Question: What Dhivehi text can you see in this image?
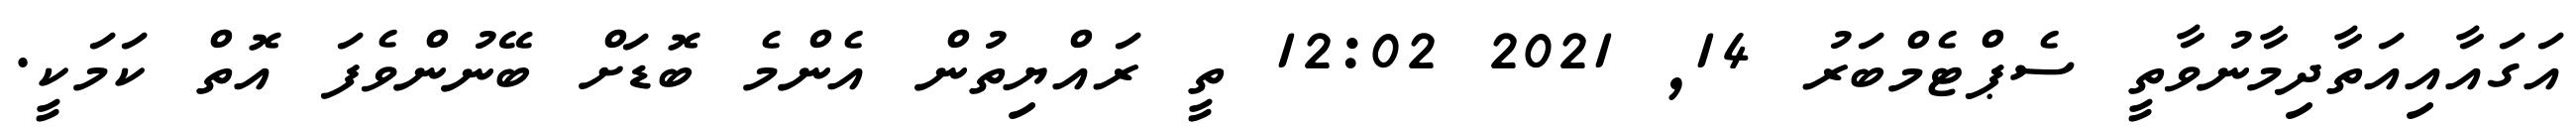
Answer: އަގައާއިއަތާދިމާނުވާތީ ސެޕްޓެމްބަރު 14, 2021 12:02 ތީ ރައްޔިތުން އެންމެ ބޮޑަށް ބޭނުންވެފަ އޮތް ކަމަކީ.